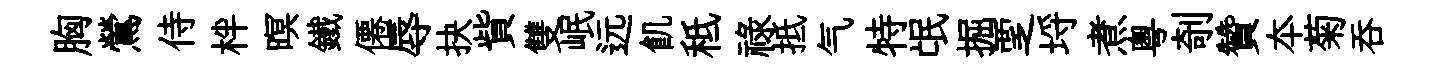
胸鶯侍柈暝鐵僊辱抉貲雙岷远飢秪禄抵气特氓掘覂埓煮粤剞贊夲菊呑